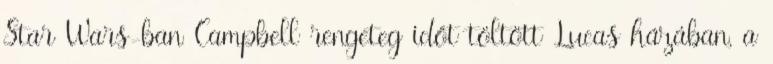
Star Wars-ban Campbell rengeteg időt töltött Lucas házában, a